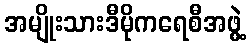
အမျိုးသားဒီမိုကရေစီအဖွဲ့